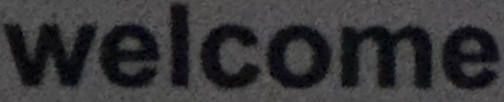
Welcome